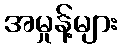
အမှုန့်များ